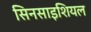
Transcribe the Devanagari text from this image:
सिनसाइशियल